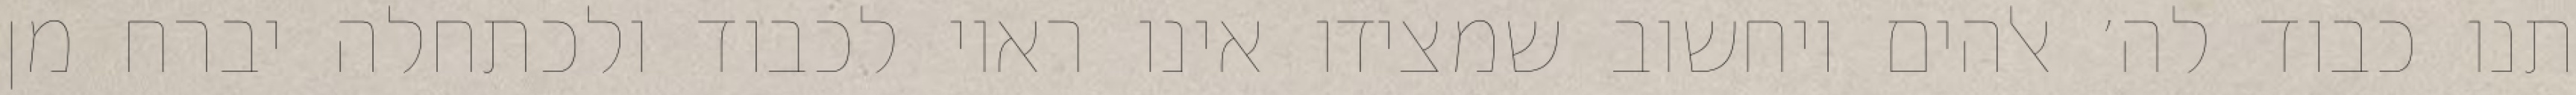
תנו כבוד לה׳ אלהים ויחשוב שמצידו אינו ראוי לכבוד ולכתחלה יברח מן